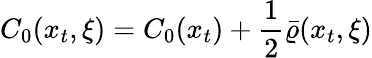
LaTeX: C_{0}(x_{t},\xi)=C_{0}(x_{t})+{\frac{1}{2}}\bar{\varrho}(x_{t},\xi)